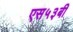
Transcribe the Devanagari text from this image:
एस५३बी